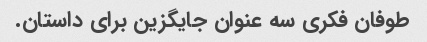
طوفان فکری سه عنوان جایگزین برای داستان.